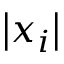
\left| x _ { i } \right|